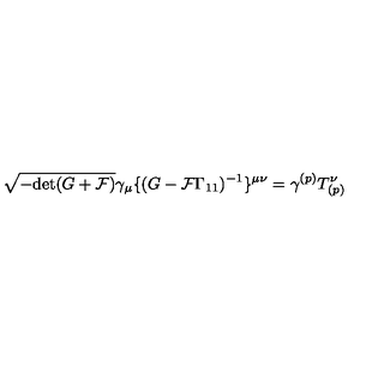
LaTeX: \sqrt { - \mathrm { d e t } ( G + { \cal F } ) } \gamma _ { \mu } \{ ( G - { \cal F } \Gamma _ { 1 1 } ) ^ { - 1 } \} ^ { \mu \nu } = \gamma ^ { ( p ) } T _ { ( p ) } ^ { \nu }